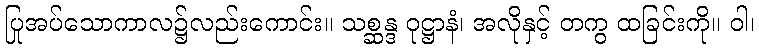
ပြုအပ်သောကာလ၌လည်းကောင်း။ သစ္ဆန္ဒ ဝုဋ္ဌာနံ၊ အလိုနှင့် တကွ ထခြင်းကို။ ဝါ၊